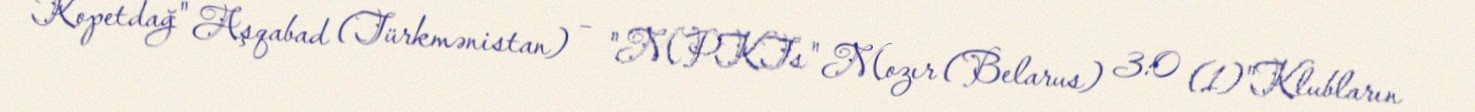
Kopetdağ" Aşqabad (Türkmənistan) – "MPKTs" Mozır (Belarus) 3:0 (1)"Klubların